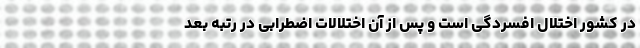
در کشور اختلال افسردگی است و پس از آن اختلالات اضطرابی در رتبه بعد